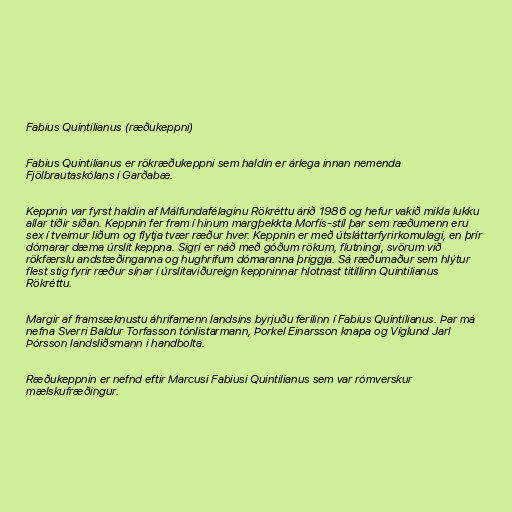
Fabius Quintilianus (ræðukeppni)

Fabius Quintilianus er rökræðukeppni sem haldin er árlega innan nemenda
Fjölbrautaskólans í Garðabæ.

Keppnin var fyrst haldin af Málfundafélaginu Rökréttu árið 1986 og hefur vakið mikla lukku
allar tíðir síðan. Keppnin fer fram í hinum margþekkta Morfís-stíl þar sem ræðumenn eru
sex í tveimur liðum og flytja tvær ræður hver. Keppnin er með útsláttarfyrirkomulagi, en þrír
dómarar dæma úrslit keppna. Sigri er náð með góðum rökum, flutningi, svörum við
rökfærslu andstæðinganna og hughrifum dómaranna þriggja. Sá ræðumaður sem hlýtur
flest stig fyrir ræður sínar í úrslitaviðureign keppninnar hlotnast titillinn Quintilianus
Rökréttu.

Margir af framsæknustu áhrifamenn landsins byrjuðu ferilinn í Fabius Quintilianus. Þar má
nefna Sverri Baldur Torfasson tónlistarmann, Þorkel Einarsson knapa og Víglund Jarl
Þórsson landsliðsmann i handbolta.

Ræðukeppnin er nefnd eftir Marcusi Fabiusi Quintilianus sem var rómverskur
mælskufræðingur.